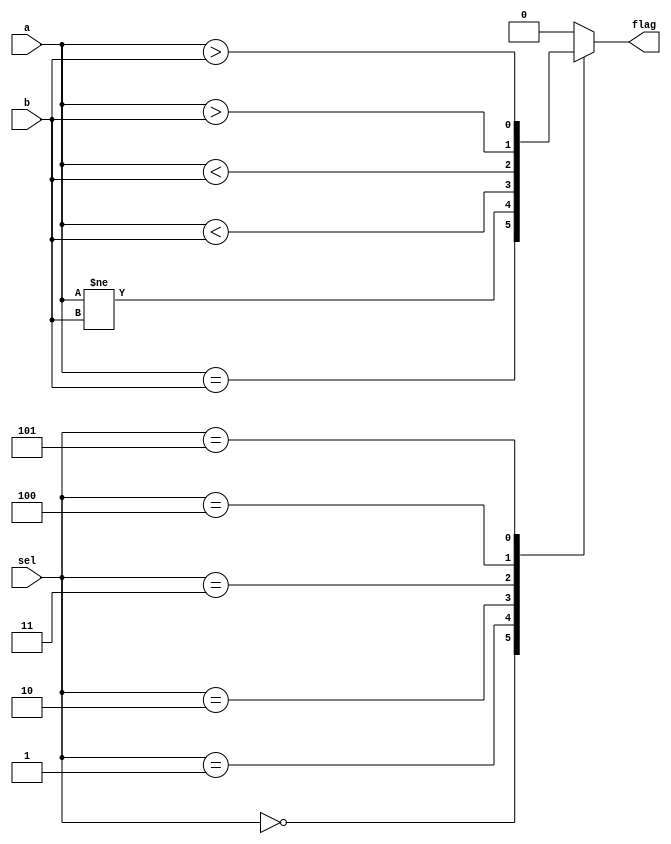
module comparison_unit

	#(parameter WIDTH = 32)

	(
		input			[WIDTH-1:0]			a,
		input			[WIDTH-1:0]			b,
		input			[2:0]					sel,
		output reg							flag
	);
	
	
	always @(*)
		case (sel)
			0: flag <= (a == b);
			1: flag <= (a!=b);
			2: flag <= (a < b);
			3: flag <= ($signed(a) < $signed(b));
			4: flag <= (a > b);
			5: flag <= ($signed(a) > $signed(b));
			default: flag <= 0;
		endcase
		
endmodule